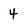
Character: 4